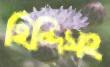
হিন্দিসহ